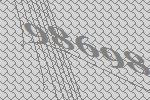
98698